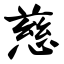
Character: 慈